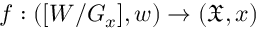
f : ( [ W / G _ { x } ] , w ) \to ( { \mathfrak { X } } , x )